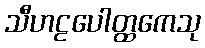
သီဟဠပေါတ္ထကေသု